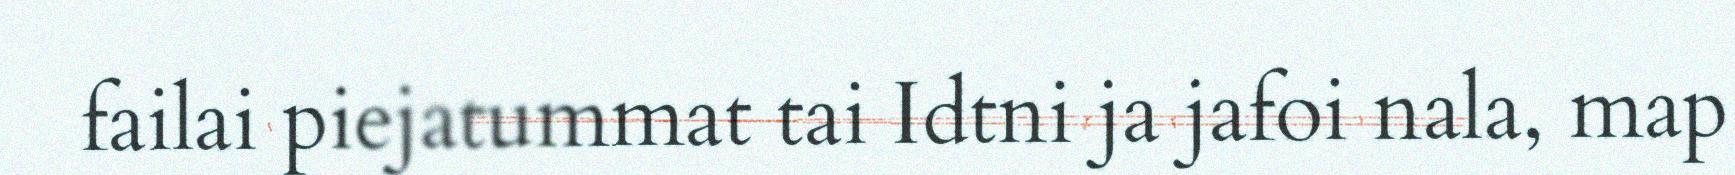
failai piejatummat tai Idtni ja jafoi nala, map